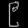
Digit: ၉